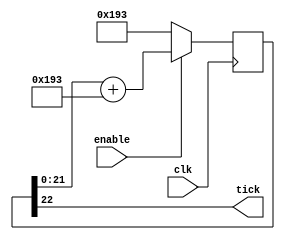
`timescale 1ns / 1ps
//////////////////////////////////////////////////////////////////////////////////
// Company: UoM
// 
// Design Name: 
// Module Name:    Baud_tick_gen 
// Project Name: processor
// Target Devices: 
// Tool versions: 
// Description: 
//
// Dependencies: 
//
// Revision: 
// Revision 0.01 - File Created
// Additional Comments: 
//
//////////////////////////////////////////////////////////////////////////////////
module BaudTickGen(
	input clk, enable,
	output tick  // generate a tick at the specified baud rate * oversampling
);
parameter ClkFrequency = 100000000;		//100MHz
parameter Baud = 9600;
parameter Oversampling = 1;

function     integer log2(input integer v); begin log2=0; while(v>>log2) log2=log2+1; end endfunction
localparam   AccWidth = log2(ClkFrequency/Baud)+8;  // +/- 2% max timing error over a byte
reg          [AccWidth:0] Acc = 0;
localparam   ShiftLimiter = log2(Baud*Oversampling >> (31-AccWidth));  // this makes sure Inc calculation doesn't overflow
localparam   Inc = ((Baud*Oversampling << (AccWidth-ShiftLimiter))+(ClkFrequency>>(ShiftLimiter+1)))/(ClkFrequency>>ShiftLimiter);

always @(posedge clk) if(enable) Acc <= Acc[AccWidth-1:0] + Inc[AccWidth:0]; else Acc <= Inc[AccWidth:0];
assign tick = Acc[AccWidth];
endmodule